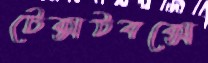
টেক্সটবক্সে